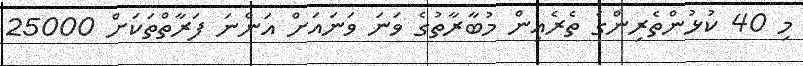
މި 40 ކުޅުންތެރިންގެ ތެރެއިން މުބާރާތުގެ ވަނަ ވަނައަށް އަންނަ ފަރާތްތަކަށް 25000